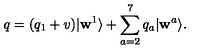
q = ( q _ { 1 } + v ) | \mathbf { w } ^ { 1 } \rangle + \sum _ { a = 2 } ^ { 7 } { q _ { a } | \mathbf { w } ^ { a } \rangle } .